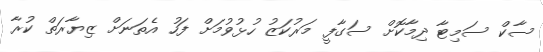
ސާކް ސަމިޓާ ދިމާކޮށް ސަގާފީ މަރުކަޒު ހުޅުވުމަށް ފަހު އެތަނަށް ޒިޔާރަތް ކުރާ